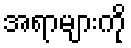
အရာများကို